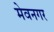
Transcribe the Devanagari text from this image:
मेवनगर